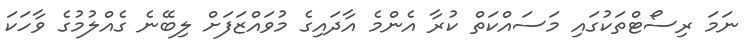
ނަމަ ރިސޯޓްތަކުގައި މަސައްކަތް ކުރާ އެންމެ އާދައިގެ މުވައްޒަފަށް ލިބޭނެ ގެއްލުމުގެ ވާހަކަ